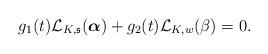
LaTeX: \begin{align*}g_1(t)\mathcal{L}_{K, \mathfrak{s}}(\boldsymbol{\alpha})+g_2(t)\mathcal{L}_{K,w}(\beta)=0.\end{align*}